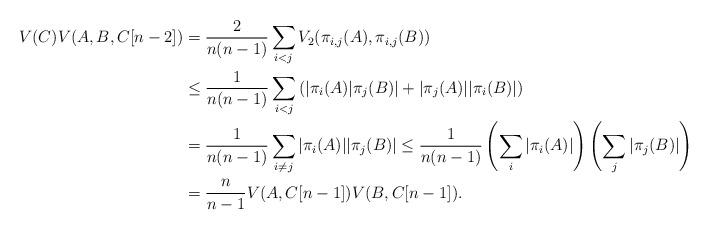
LaTeX: \begin{align*}V(C)V(A,B,C[n-2])&=\frac{2}{n(n-1)} \sum_{i<j} V_2( \pi_{i,j}(A), \pi_{i,j}(B)) \\&\leq \frac{1}{n(n-1)} \sum_{i<j} \left( |\pi_i(A)| \pi_j(B)|+|\pi_j(A)| |\pi_i(B)|\right)\\&=\frac{1}{n(n-1)} \sum_{i \neq j} |\pi_i(A)| |\pi_j(B)|\leq \frac{1}{n(n-1)} \left( \sum_i |\pi_i(A)| \right) \left( \sum_j |\pi_j(B)| \right)\\&=\frac{n}{n-1} V(A,C[n-1])V(B,C[n-1] ).\end{align*}